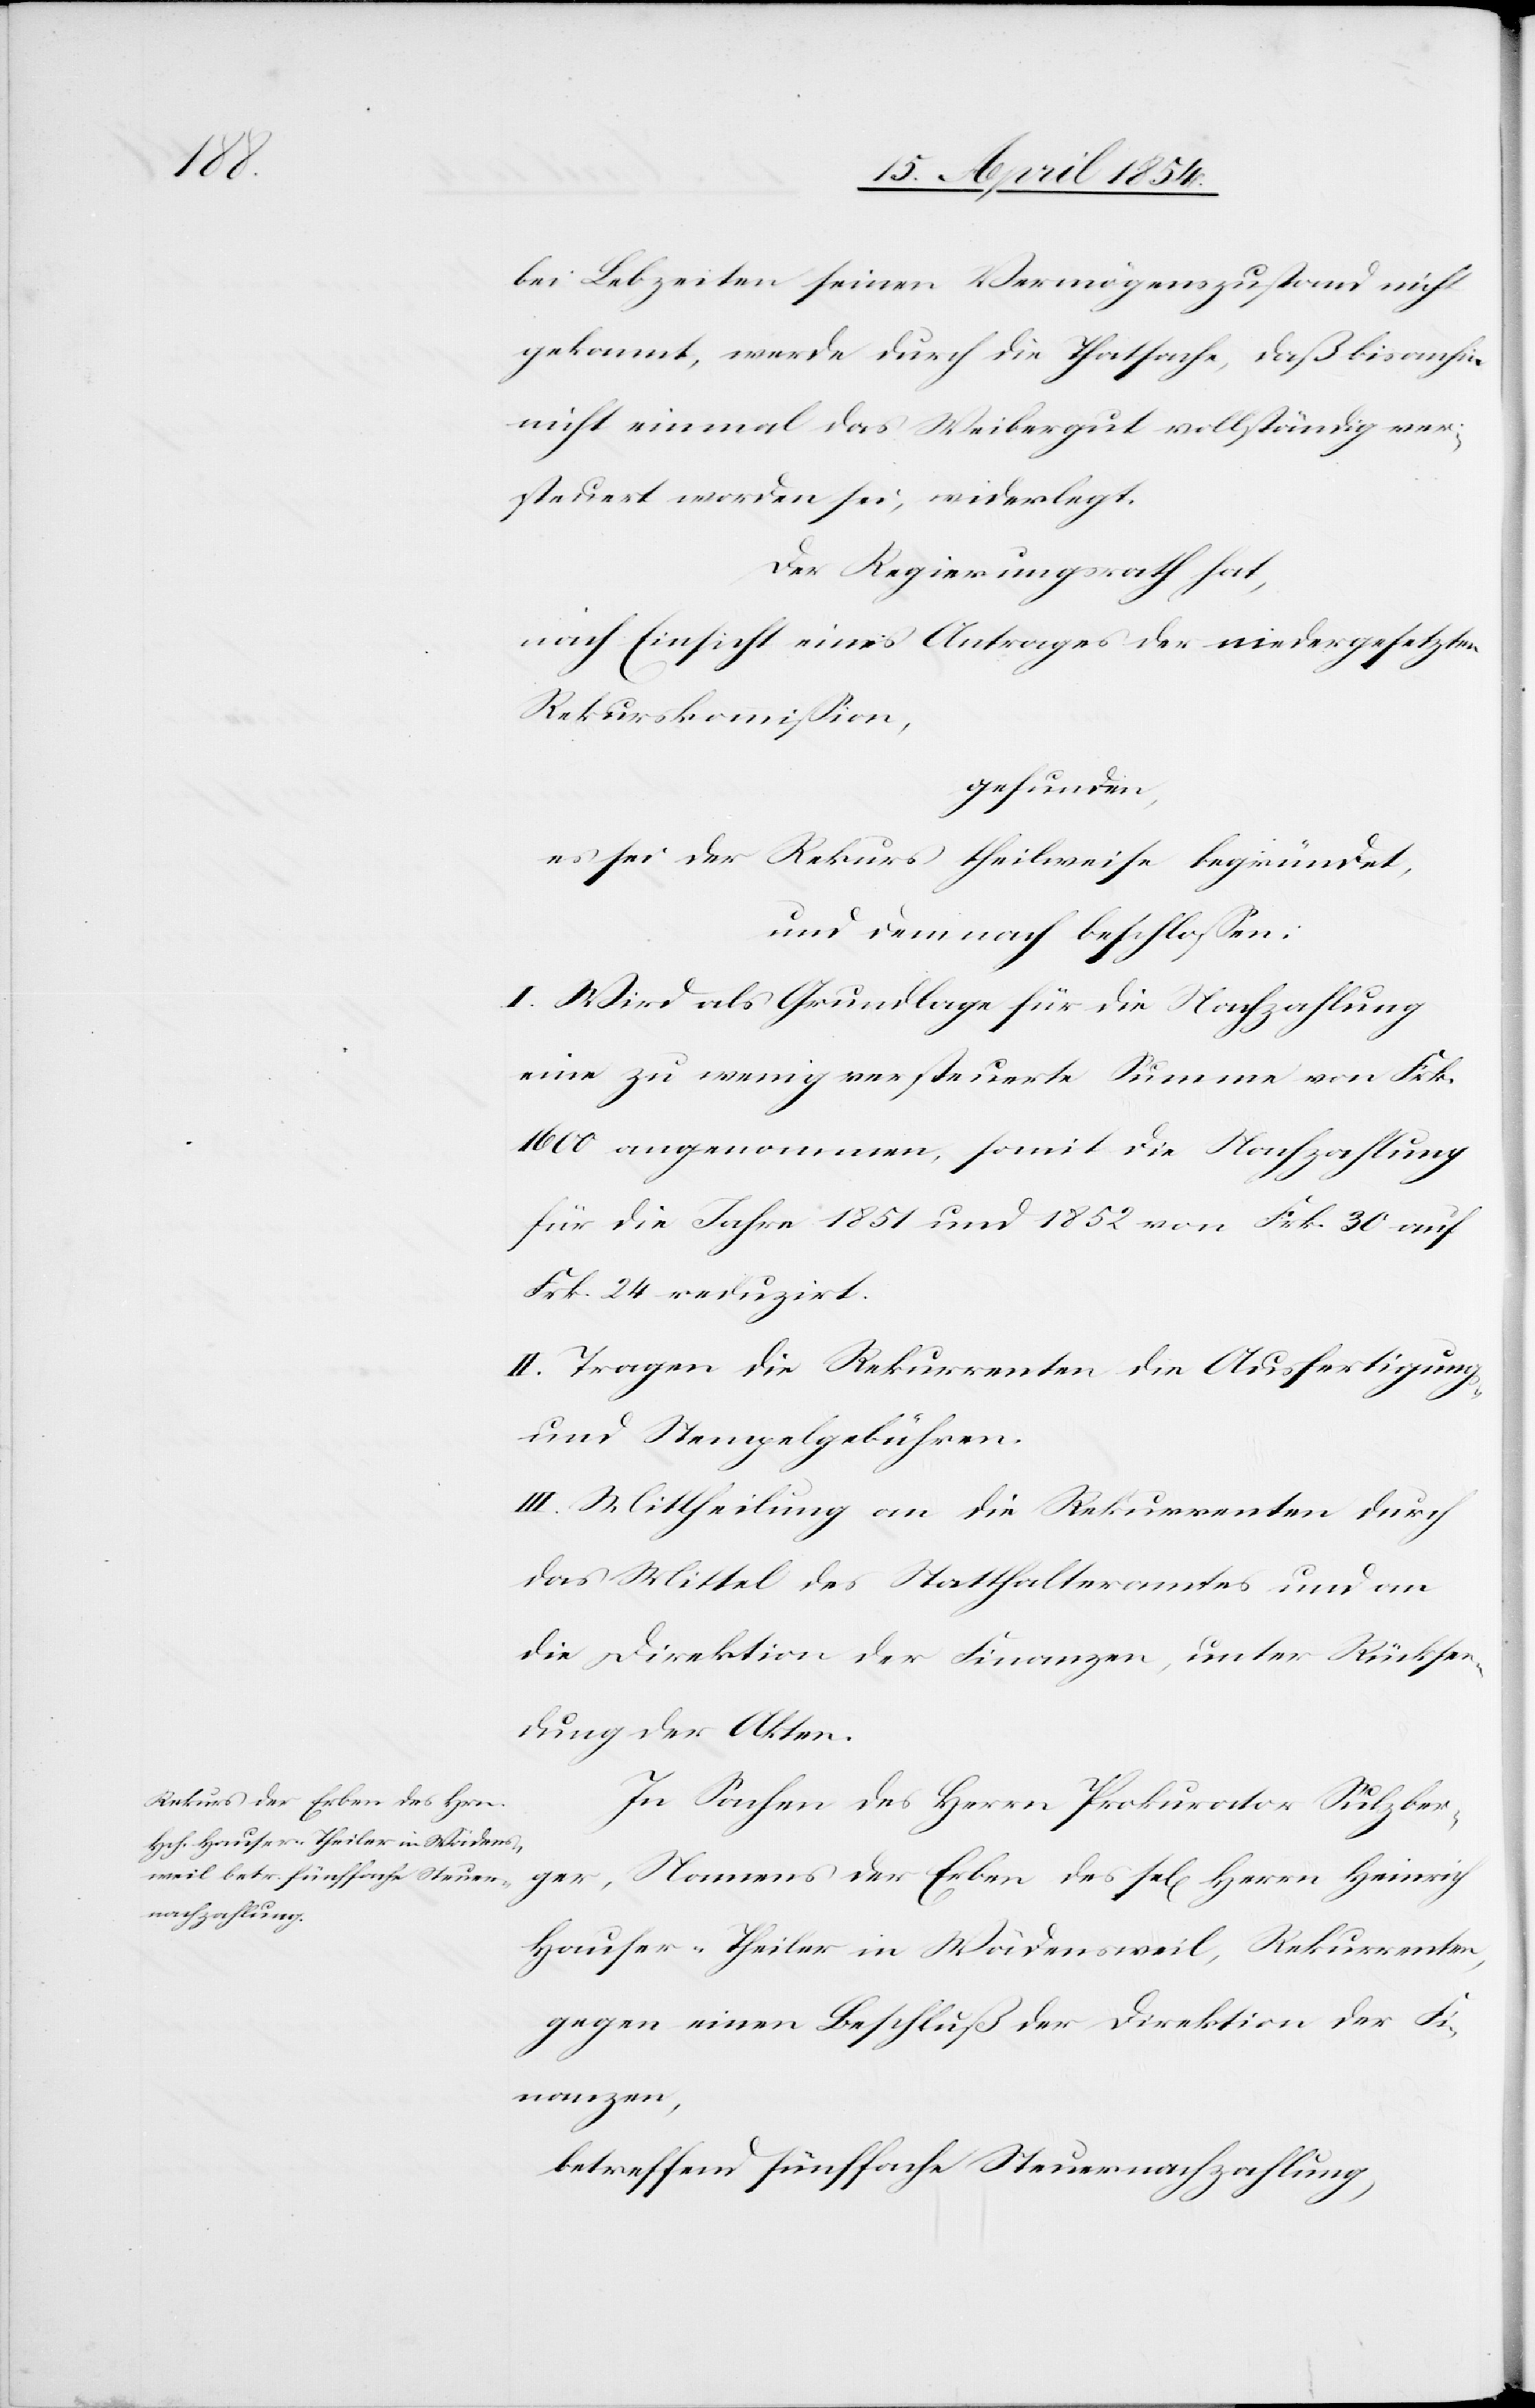
bei Lebzeiten seinen Vermögenszustand nicht
gekannt, werde durch die Thatsache, daß bis anhin
nicht einmal das Weibergut vollständig ver¬
steuert worden sei, widerlegt.
Der Regierungsrath hat,
nach Einsicht eines Antrages der niedergesetzten
Rekurskommißion,
gefunden,
es sei der Rekurs theilweise begründet,
und demnach beschloßen:
I. Wird als Grundlage für die Nachzahlung
eine zu wenig versteuerte Summe von Frk.
1600 angenommen, somit die Nachzahlung
für die Jahre 1851 und 1852 von Frk. 30 auf
Frk. 24 reduzirt.
II. Tragen die Rekurrenten die Ausfertigungs-
und Stempelgebühren.
III. Mittheilung an die Rekurrenten durch
das Mittel des Statthalteramtes und an
die Direktion der Finanzen, unter Rücksen¬
dung der Akten.
In Sachen des Herrn Prokurator Sulzber¬
ger, Namens der Erben des sel[igen] Herrn Heinrich
Hauser-Theiler in Wädensweil, Rekurrenten,
gegen eine Beschluß der Direktion der Fi¬
nanzen,
betreffend fünffache Steuernachzahlung,